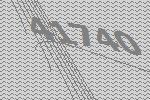
41740